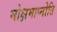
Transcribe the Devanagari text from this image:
मोक्षमाप्नोति